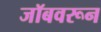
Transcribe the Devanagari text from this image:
जॉबवरून